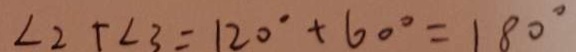
\angle 2 + \angle 3 = 1 2 0 ^ { \circ } + 6 0 ^ { \circ } = 1 8 0 ^ { \circ }